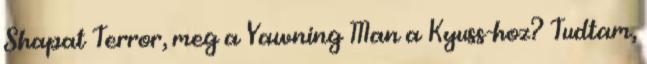
Shapat Terror, meg a Yawning Man a Kyuss-hoz? Tudtam,